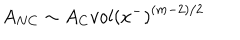
LaTeX: A _ { N C } \sim A _ { C } { v o l ( x ^ { - } ) } ^ { ( m - 2 ) / 2 }